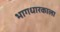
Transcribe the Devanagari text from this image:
भागधारकाला